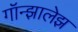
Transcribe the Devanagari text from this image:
गॉन्झालेझ